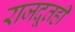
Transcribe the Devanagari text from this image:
राजदूतही